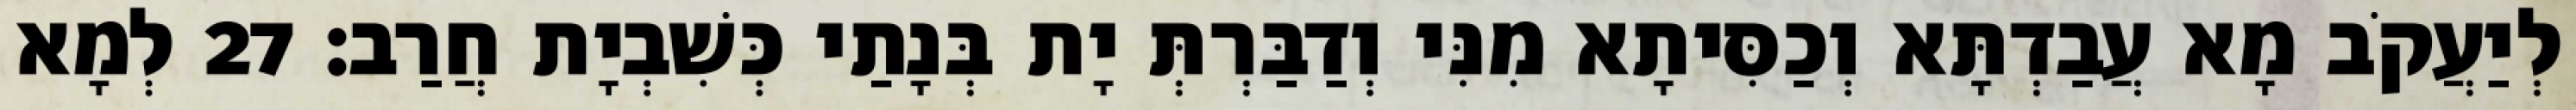
לְיַעֲקֹב מָא עֲבַדְתָּא וְכַסִּיתָא מִנִּי וְדַבַּרְתְּ יָת בְּנָתַי כְּשִׁבְיָת חֲרַב׃ 27 לְמָא